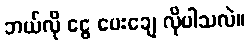
ဘယ်လို ငွေ ပေးချေ လိုပါသလဲ။